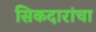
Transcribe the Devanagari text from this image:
सिकदारांचा